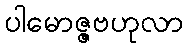
ပါမောဇ္ဇဗဟုလာ